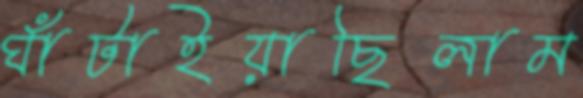
ঘাঁটাইয়াছিলাম